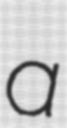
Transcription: a